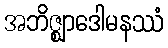
အဘိဇ္ဈာဒေါမနဿံ